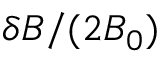
\delta B / ( 2 B _ { 0 } )